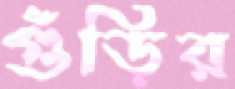
গুঁড়ির